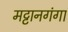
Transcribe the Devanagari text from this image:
मट्टानगंगा